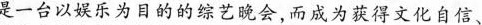
是一台以娱乐为目的的综艺晚会，而成为获得文化自信、